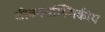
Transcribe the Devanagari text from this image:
जीवनसांख्यिकीय